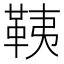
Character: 䩟